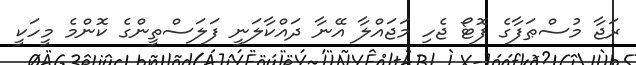
ރަޖާ މުސްޠަފާގެ ފޮޓޯ ޖެހި މަޖައްލާ އޭނާ ދައްކާލަނީ ފަލަސްތީންގެ ކޮންމެ މީހަކީ